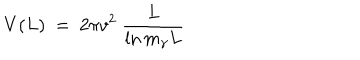
V ( L ) \ = \ 2 \pi v ^ { 2 } \ \frac L { \ln m _ { \gamma } L }